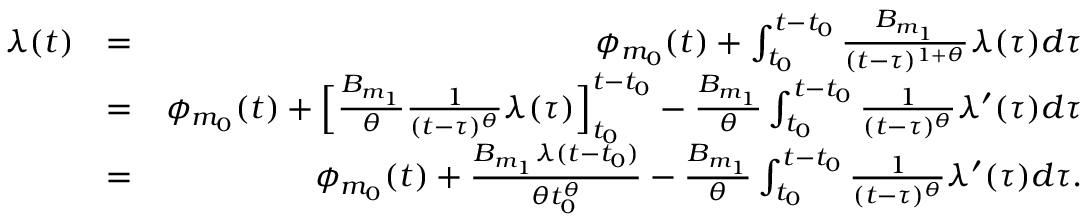
\begin{array} { r l r } { \lambda ( t ) } & { = } & { \phi _ { m _ { 0 } } ( t ) + \int _ { t _ { 0 } } ^ { t - t _ { 0 } } \frac { B _ { m _ { 1 } } } { ( t - \tau ) ^ { 1 + \theta } } \lambda ( \tau ) d \tau } \\ & { = } & { \phi _ { m _ { 0 } } ( t ) + \Big [ \frac { B _ { m _ { 1 } } } { \theta } \frac { 1 } { ( t - \tau ) ^ { \theta } } \lambda ( \tau ) \Big ] _ { t _ { 0 } } ^ { t - t _ { 0 } } - \frac { B _ { m _ { 1 } } } { \theta } \int _ { t _ { 0 } } ^ { t - t _ { 0 } } \frac { 1 } { ( t - \tau ) ^ { \theta } } \lambda ^ { \prime } ( \tau ) d \tau } \\ & { = } & { \phi _ { m _ { 0 } } ( t ) + \frac { B _ { m _ { 1 } } \lambda ( t - t _ { 0 } ) } { \theta t _ { 0 } ^ { \theta } } - \frac { B _ { m _ { 1 } } } { \theta } \int _ { t _ { 0 } } ^ { t - t _ { 0 } } \frac { 1 } { ( t - \tau ) ^ { \theta } } \lambda ^ { \prime } ( \tau ) d \tau . } \end{array}